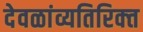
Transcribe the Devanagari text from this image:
देवळांव्यतिरिक्‍त